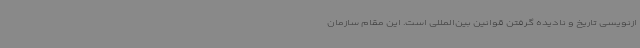
ازنویسی تاریخ و نادیده گرفتن قوانین بین‌المللی است. این مقام سازمان